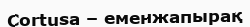
Cortusa – еменжапырақ